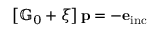
\left[ \mathbb { G } _ { 0 } + \xi \right] \mathbf { p } = - \mathbf { e } _ { \mathrm { i n c } }